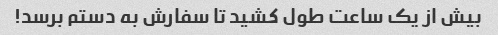
بیش از یک ساعت طول کشید تا سفارش به دستم برسد!